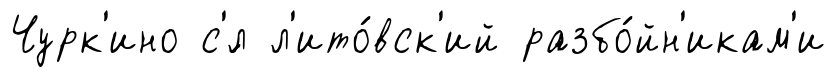
Чурк'ино с'́л л'ито́вск'ий разбо́йн'икам'и